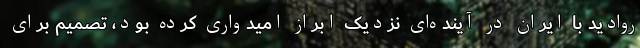
روادید با ایران در آینده‌ای نزدیک ابراز امیدواری کرده بود، تصمیم برای